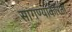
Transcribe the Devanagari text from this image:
सांगण्याकरिता